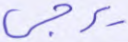
يزجي